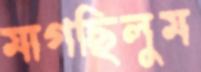
মাগছিলুম